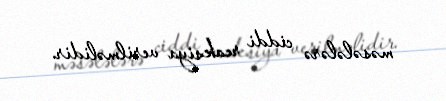
məsələlərə ciddi reaksiya verilməlidir.